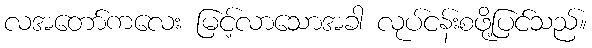
လအတော်ကလေး မြင့်လာသောအခါ လုပ်ငန်းစဖို့ပြင်သည်။